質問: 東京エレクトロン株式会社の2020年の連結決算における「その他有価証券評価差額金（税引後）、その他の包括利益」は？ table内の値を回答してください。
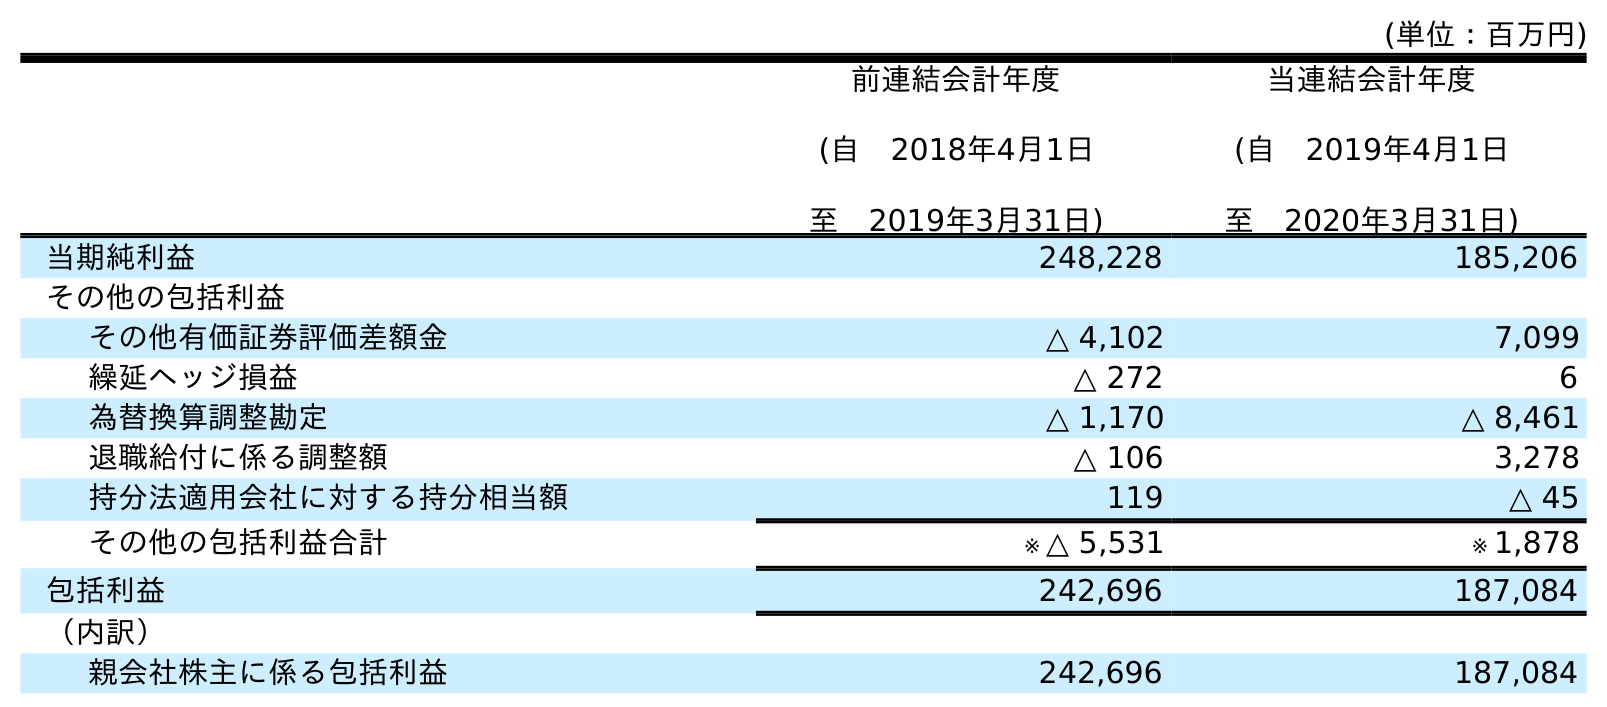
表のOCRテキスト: (単位：百万円) 前連結会計年度 (自 2018年4月1日 至 2019年3月31日) 当連結会計年度 (自 2019年4月1日 至 2020年3月31日) 当期純利益 248,228 185,206 その他の包括利益 その他有価証券評価差額金 △ 4,102 7,099 繰延ヘッジ損益 △ 272 6 為替換算調整勘定 △ 1,170 △ 8,461 退職給付に係る調整額 △ 106 3,278 持分法適用会社に対する持分相当額 119 △ 45 その他の包括利益合計 ※ △ 5,531 ※ 1,878 包括利益 242,696 187,084 （内訳） 親会社株主に係る包括利益 242,696 187,084
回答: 7,099